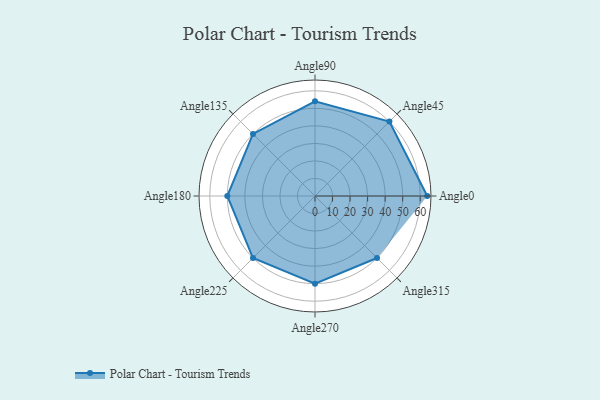
{"axis": {"x": "Angle", "y": "Radius"}, "legend": [""], "data": [{"x": "Angle0", "y": 64.0, "type": ""}, {"x": "Angle45", "y": 60.0, "type": ""}, {"x": "Angle90", "y": 54.0, "type": ""}, {"x": "Angle135", "y": 50, "type": ""}, {"x": "Angle180", "y": 50, "type": ""}, {"x": "Angle225", "y": 50, "type": ""}, {"x": "Angle270", "y": 50, "type": ""}, {"x": "Angle315", "y": 50, "type": ""}]}